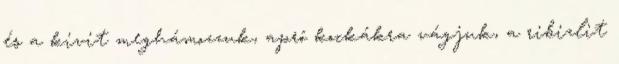
és a kivit meghámozzuk, apró kockákra vágjuk, a ribizlit